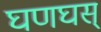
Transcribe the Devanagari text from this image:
घणघस्